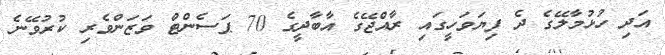
އަދި ހުޅުމާލޭގެ ދެ ފިޔަވަހީގައި ރާއްޖޭގެ އާބާދީގެ 70 ޕަސެންޓް ވަޒަންވެރި ކުރުވޭނެ